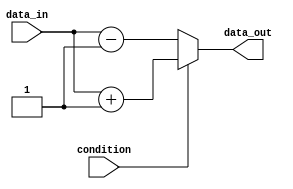
module if_else_example (
    input wire condition,
    input wire data_in,
    output reg data_out
);

always @(*) begin
    if (condition) begin
        // If condition is true, execute this block
        data_out = data_in + 1;
    end else begin
        // If condition is false, execute this block
        data_out = data_in - 1;
    end
end

endmodule